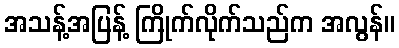
အသန့်အပြန့် ကြိုက်လိုက်သည်က အလွန်။